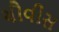
ચૌવીસ